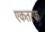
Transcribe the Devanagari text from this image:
एकतरफ